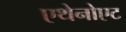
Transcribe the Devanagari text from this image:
एथेनोएट